Indian journal of veterinary science and animal husbandry - Volumes 26-27, 1956-1957
Year: 1956
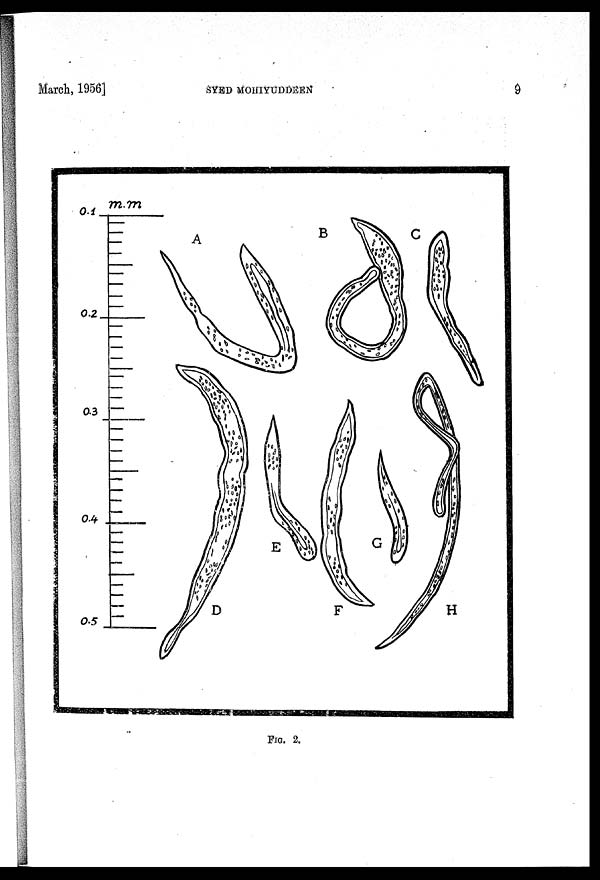
March, 1956]
SYED
MOHIYUDDEEN
9
FIG. 2.